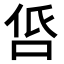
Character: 𠱧